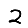
Digit: 2